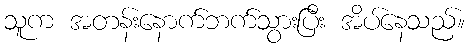
သူက အတန်းနောက်ဘက်သွားပြီး အိပ်နေသည်။